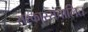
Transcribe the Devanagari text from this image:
सरकारसंचालित